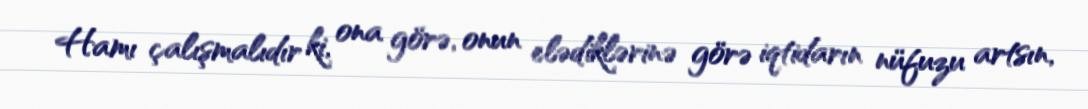
Hamı çalışmalıdır ki, ona görə, onun elədiklərinə görə iqtidarın nüfuzu artsın,